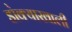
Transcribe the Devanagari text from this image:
डोक्याखाली